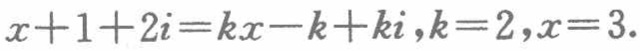
\(x + 1 + 2i = kx - k + ki,k = 2,x = 3.\)